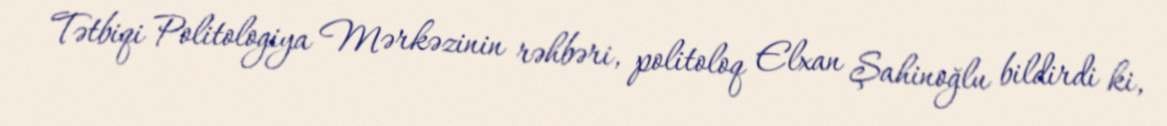
Tətbiqi Politologiya Mərkəzinin rəhbəri, politoloq Elxan Şahinoğlu bildirdi ki,